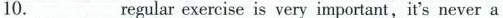
10.___regular exercise is very important,it's never a